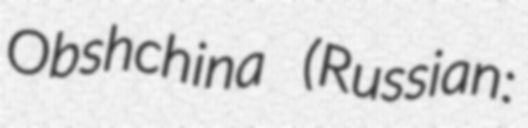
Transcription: Obshchina (Russian: